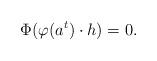
LaTeX: \begin{align*}\Phi (\varphi (a^{t})\cdot h)=0.\end{align*}